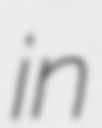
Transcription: in